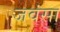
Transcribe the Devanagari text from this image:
जवंसा